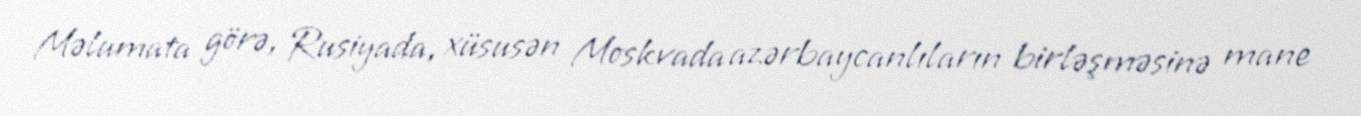
Məlumata görə, Rusiyada, xüsusən Moskvada azərbaycanlıların birləşməsinə mane